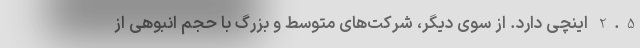
2.5 اینچی دارد. از سوی دیگر، شرکت‌های متوسط و بزرگ با حجم انبوهی از